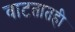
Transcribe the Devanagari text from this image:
वाटतातही